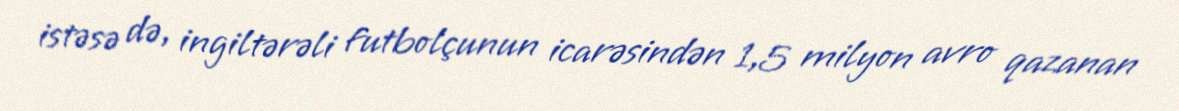
istəsə də, ingiltərəli futbolçunun icarəsindən 1,5 milyon avro qazanan